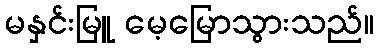
မနှင်းမြူ မေ့မြောသွားသည်။